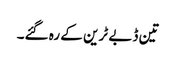
تین ڈبے ٹرین کے رہ گئے۔